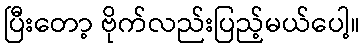
ပြီးတော့ ဗိုက်လည်းပြည့်မယ်ပေါ့။